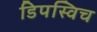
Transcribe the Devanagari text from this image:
डिपस्विच